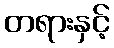
တရားနှင့်